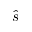
\hat { s }